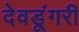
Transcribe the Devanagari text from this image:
देवडूंगरी